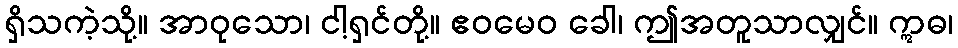
ရှိသကဲ့သို့။ အာဝုသော၊ ငါ့ရှင်တို့။ ဧဝမေဝ ခေါ၊ ဤအတူသာလျှင်။ ဣဓ၊